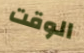
الوقت